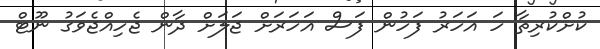
ކުށްކުރިތާ ހަ އަހަރު ފަހުން ފަސް އަހަރަށް ޖަލަށް ދާން ޖެހިއްޖެވަގު ނޫޓް